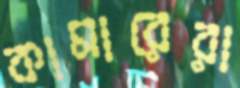
কামারেরা